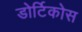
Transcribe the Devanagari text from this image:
डोर्टिकोस